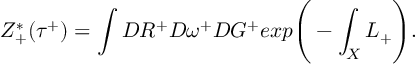
Z _ { + } ^ { * } ( \tau ^ { + } ) = \int { \cal D } R ^ { + } { \cal D } \omega ^ { + } { \cal D } G ^ { + } e x p \Bigg ( - \int _ { X } L _ { + } \Bigg ) .